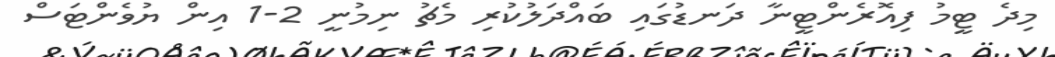
މިދެ ޓީމު ފިއޮރެންޓީނާ ދަނޑުގައި ބައްދަލުކުރި މެޗު ނިމުނީ 2-1 އިން ޔުވެންޓަސް